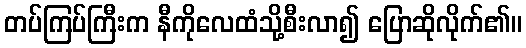
တပ်ကြပ်ကြီးက နီကိုလေထံသို့စီးလာ၍ ပြောဆိုလိုက်၏။